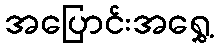
အပြောင်းအရွှေ့